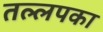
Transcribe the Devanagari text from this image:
तल्लपका